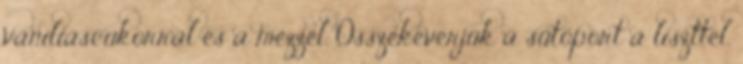
vaníliáscukorral és a mézzel. Összekeverjük a sütőport a liszttel,